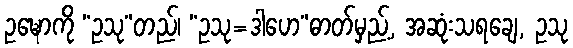
ဥဍ္ဎောကို “ဥသု”တည်၊ “ဥသု=ဒါဟေ”ဓာတ်မှည့်, အဆုံးသရချေ, ဥသု